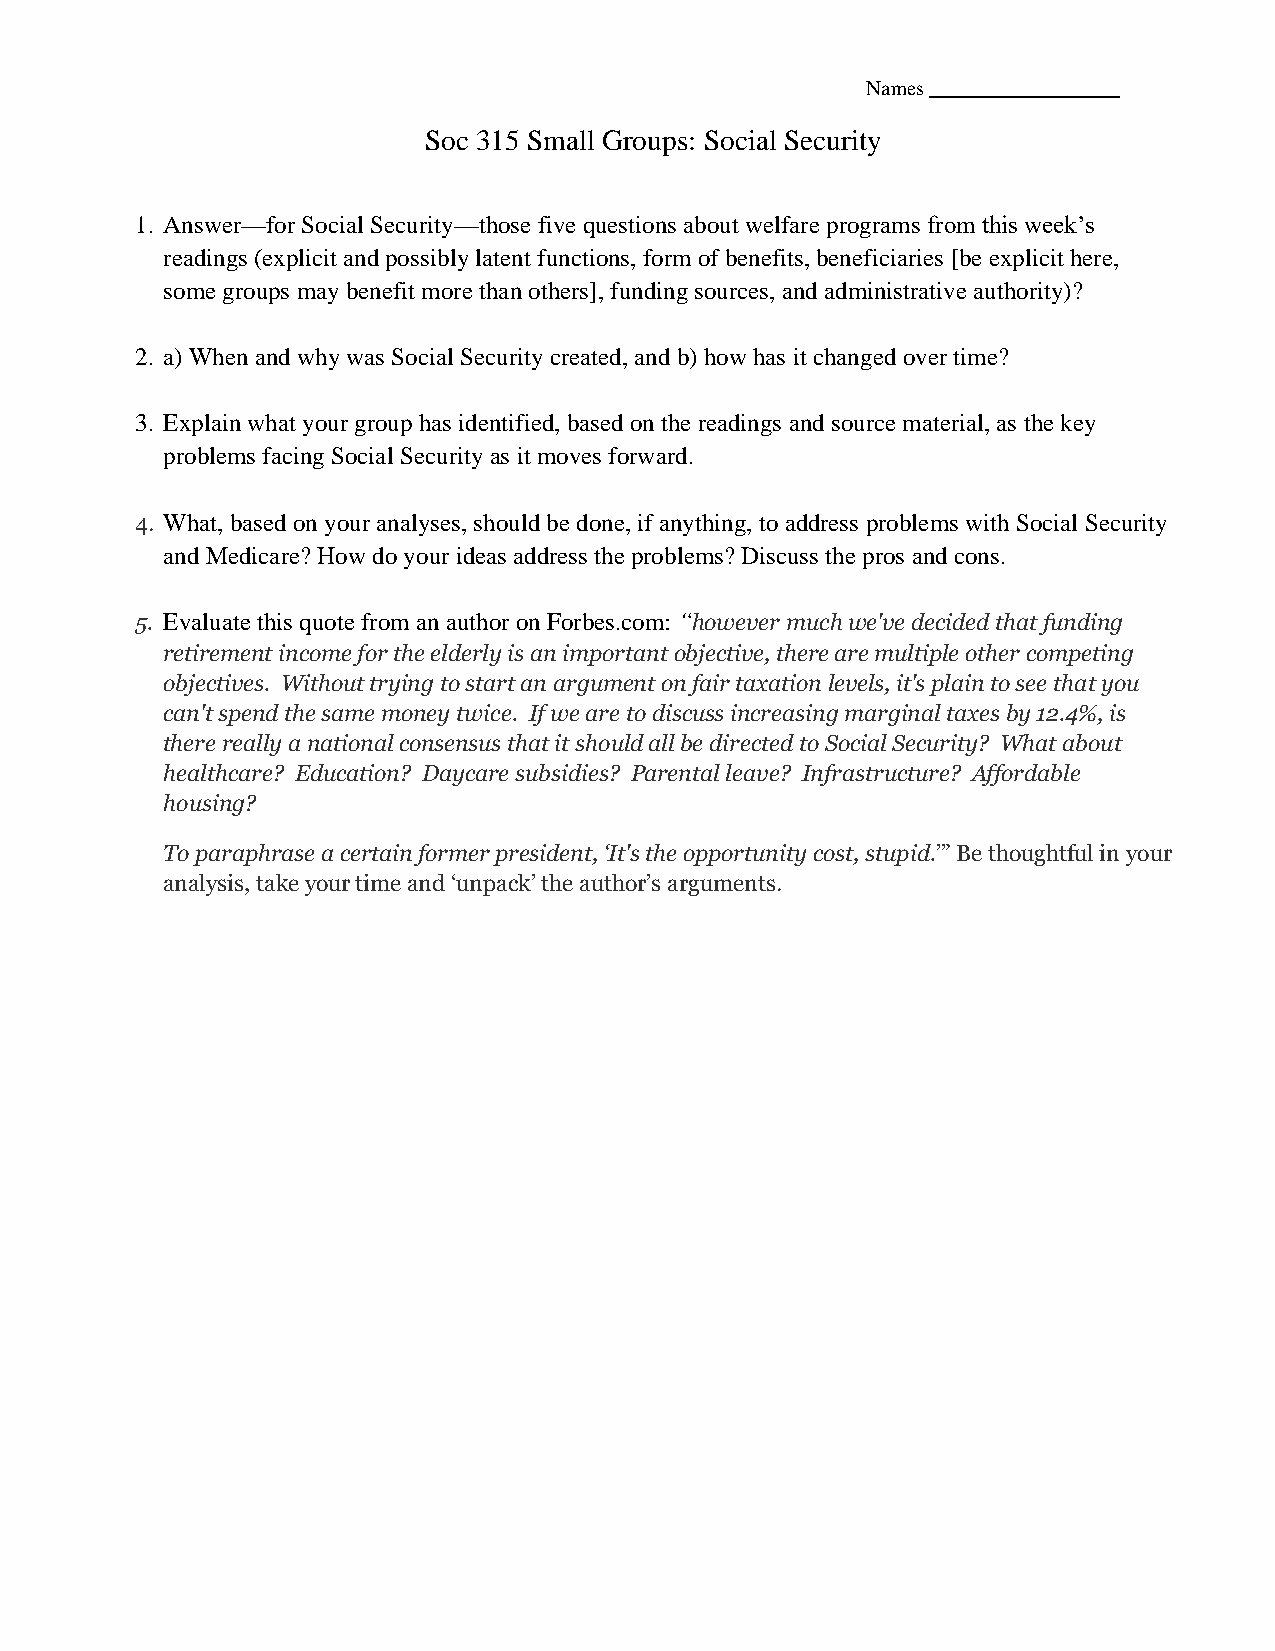
Names
 Soc 315 Small Groups: Social Security
 1. Answer—for Social Security—those five questions about welfare programs from this week’s
 readings (explicit and possibly latent functions, form of benefits, beneficiaries [be explicit here,
 some groups may benefit more than others], funding sources, and administrative authority)?
 2. a) When and why was Social Security created, and b) how has it changed over time?
 3. Explain what your group has identified, based on the readings and source material, as the key
 problems facing Social Security as it moves forward.
 4. What, based on your analyses, should be done, if anything, to address problems with Social Security
 and Medicare? How do your ideas address the problems? Discuss the pros and cons.
 5. Evaluate this quote from an author on Forbes.com: “however much we've decided that funding
 retirement income for the elderly is an important objective, there are multiple other competing
 objectives. Without trying to start an argument on fair taxation levels, it's plain to see that you
 can't spend the same money twice. If we are to discuss increasing marginal taxes by 12.4%, is
 there really a national consensus that it should all be directed to Social Security? What about
 healthcare? Education? Daycare subsidies? Parental leave? Infrastructure? Affordable
 housing?
 To paraphrase a certain former president, ‘It's the opportunity cost, stupid.’” Be thoughtful in your
 analysis, take your time and ‘unpack’ the author’s arguments.